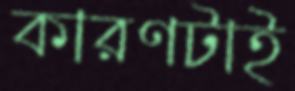
কারণটাই